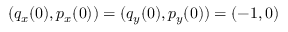
( q _ { x } ( 0 ) , p _ { x } ( 0 ) ) = ( q _ { y } ( 0 ) , p _ { y } ( 0 ) ) = ( - 1 , 0 )